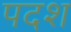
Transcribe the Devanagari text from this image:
पदश